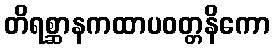
တိရစ္ဆာနကထာပဝတ္တနိကော